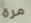
مرة